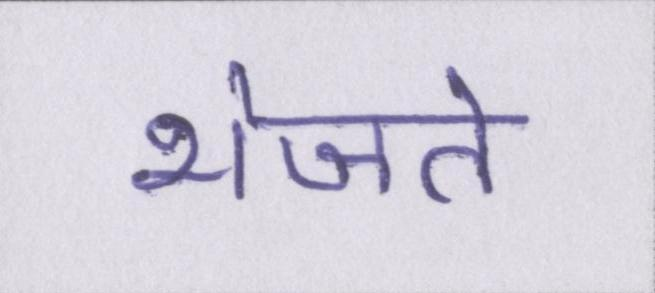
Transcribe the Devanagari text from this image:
भेजते